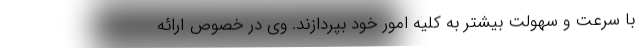
با سرعت و سهولت بیشتر به کلیه امور خود بپردازند. وی در خصوص ارائه